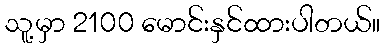
သူ့မှာ 2100 မောင်းနှင်ထားပါတယ်။